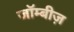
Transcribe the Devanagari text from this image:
जॉम्बीज़